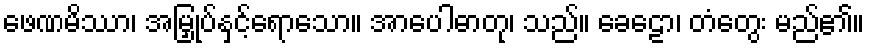
ဖေဏမိဿာ၊ အမြှုပ်နှင့်ရောသော။ အာပေါဓာတု၊ သည်။ ခေဠော၊ တံတွေး မည်၏။